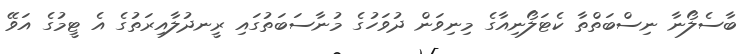
ބާސެލޯނާ ނިސްބަތްތާ ކެޓަލޯނިއާގެ މިނިވަން ދުވަހުގެ މުނާސަބަތުގައި ރީނދުލާއިރަތުގެ އެ ޓީމުގެ އަވޭ